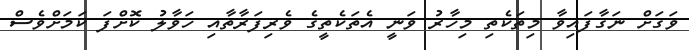
ވަގަށް ނަގާފައިވާ މިތަކެތި މިހާރު ވަނީ އެތަކެތީގެ ވެރިފަރާތާއި ހަވާލު ކޮށްފަ ކަމަށްވެސް